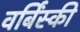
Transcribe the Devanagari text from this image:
वर्बिंस्की